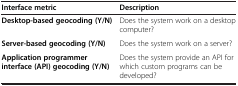
<table><thead><tr><td><b>Interface metric</b></td><td><b>Description</b></td></tr></thead><tbody><tr><td><b>Desktop-based geocoding (Y/N)</b></td><td>Does the system work on a desktop computer?</td></tr><tr><td><b>Server-based geocoding (Y/N)</b></td><td>Does the system work on a server?</td></tr><tr><td><b>Application programmer interface (API) geocoding (Y/N)</b></td><td>Does the system provide an API for which custom programs can be developed?</td></tr></tbody></table>